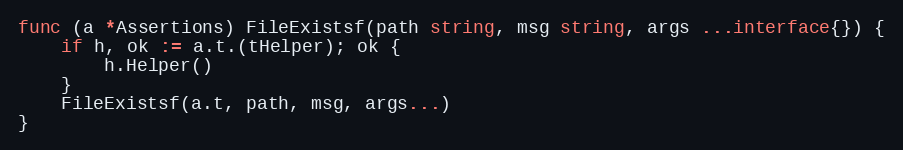
Language: Go
func (a *Assertions) FileExistsf(path string, msg string, args ...interface{}) {
	if h, ok := a.t.(tHelper); ok {
		h.Helper()
	}
	FileExistsf(a.t, path, msg, args...)
}